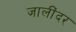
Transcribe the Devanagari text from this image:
जालींदर